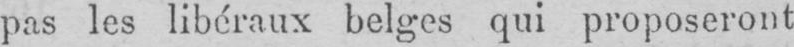
pas les libéraux belges qui proposeront